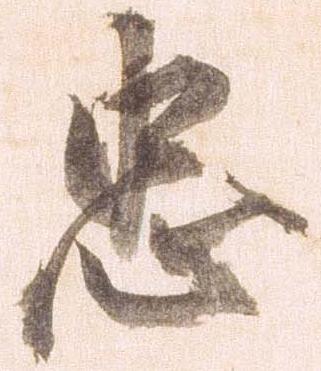
忠